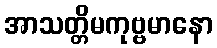
အာသတ္တိမကုဗ္ဗမာနော